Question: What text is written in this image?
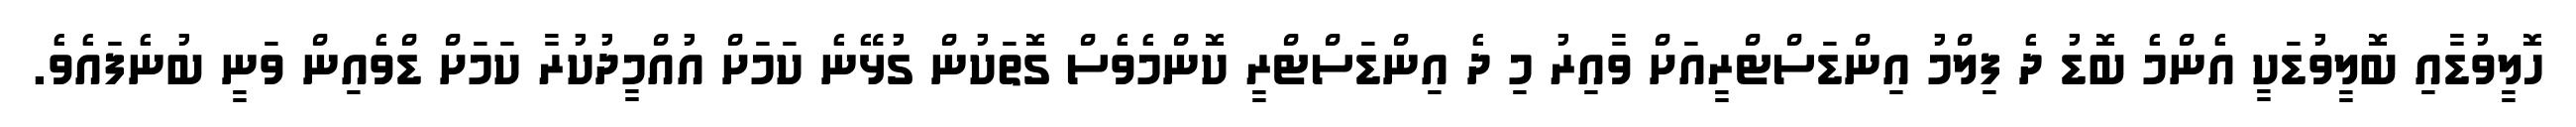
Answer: ހޮލީވުޑާއި ބޮލީވުޑަކީ އެންމެ ބޮޑު ދެ ފިލްމު އިންޑަސްޓްރީއަށް ވާއިރު މި ދެ އިންޑަސްޓްރީ ކޮންމެވެސް ގޮތަކުން ގުޅޭނެ ކަމަށް އުއްމީދުކުރާ ކަމަށް ޑްވެއިން ވަނީ ބުނެފައެވެ.